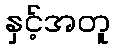
နှင့်အတူ